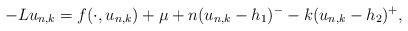
\begin{align*}-Lu_{n,k}=f(\cdot, u_{n,k})+\mu+n(u_{n,k}-h_{1})^{-}-k(u_{n,k}-h_{2})^{+},\end{align*}